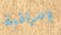
ومراقبة